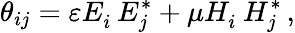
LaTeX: \theta_{ij}=\varepsilon E_{i}^{\phantom{*}}E_{j}^{*}+\mu H_{i}^{\phantom{*}}H_{j}^{*}\, ,